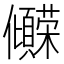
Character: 𫤒